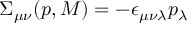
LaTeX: \Sigma _ { \mu \nu } ( p , M ) = - \epsilon _ { \mu \nu \lambda } p _ { \lambda }